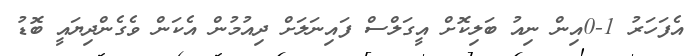
އެފަހަރު 1-0އިން ނިއު ބަލިކޮށް އީގަލްސް ފައިނަލަށް ދިއުމުން އެކަން ވެގެންދިޔައީ ބޮޑު